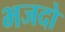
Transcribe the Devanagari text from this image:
भजदो